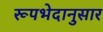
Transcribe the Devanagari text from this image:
रूपभेदानुसार